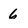
Character: 6